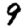
Digit: 9